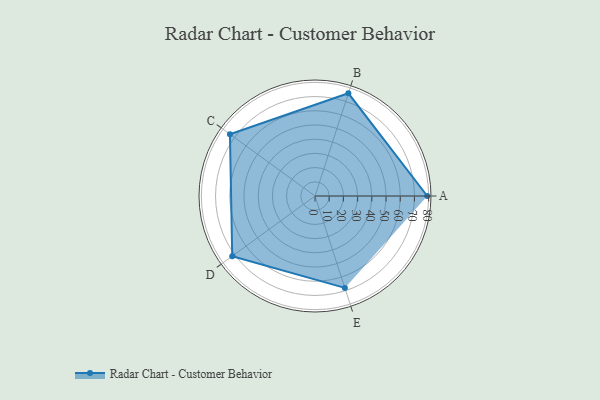
{"axis": {"x": "Skill", "y": "Score"}, "legend": ["Profile"], "data": [{"x": "A", "y": 79.0, "type": "Profile"}, {"x": "B", "y": 76.0, "type": "Profile"}, {"x": "C", "y": 74.0, "type": "Profile"}, {"x": "D", "y": 72.0, "type": "Profile"}, {"x": "E", "y": 68.0, "type": "Profile"}]}